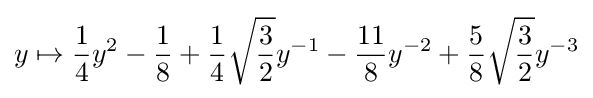
y\mapsto {\frac {1}{4}}y^{2}-{\frac {1}{8}}+{\frac {1}{4}}{\sqrt {\frac {3}{2}}}y^{-1}-{\frac {11}{8}}y^{-2}+{\frac {5}{8}}{\sqrt {\frac {3}{2}}}y^{-3}